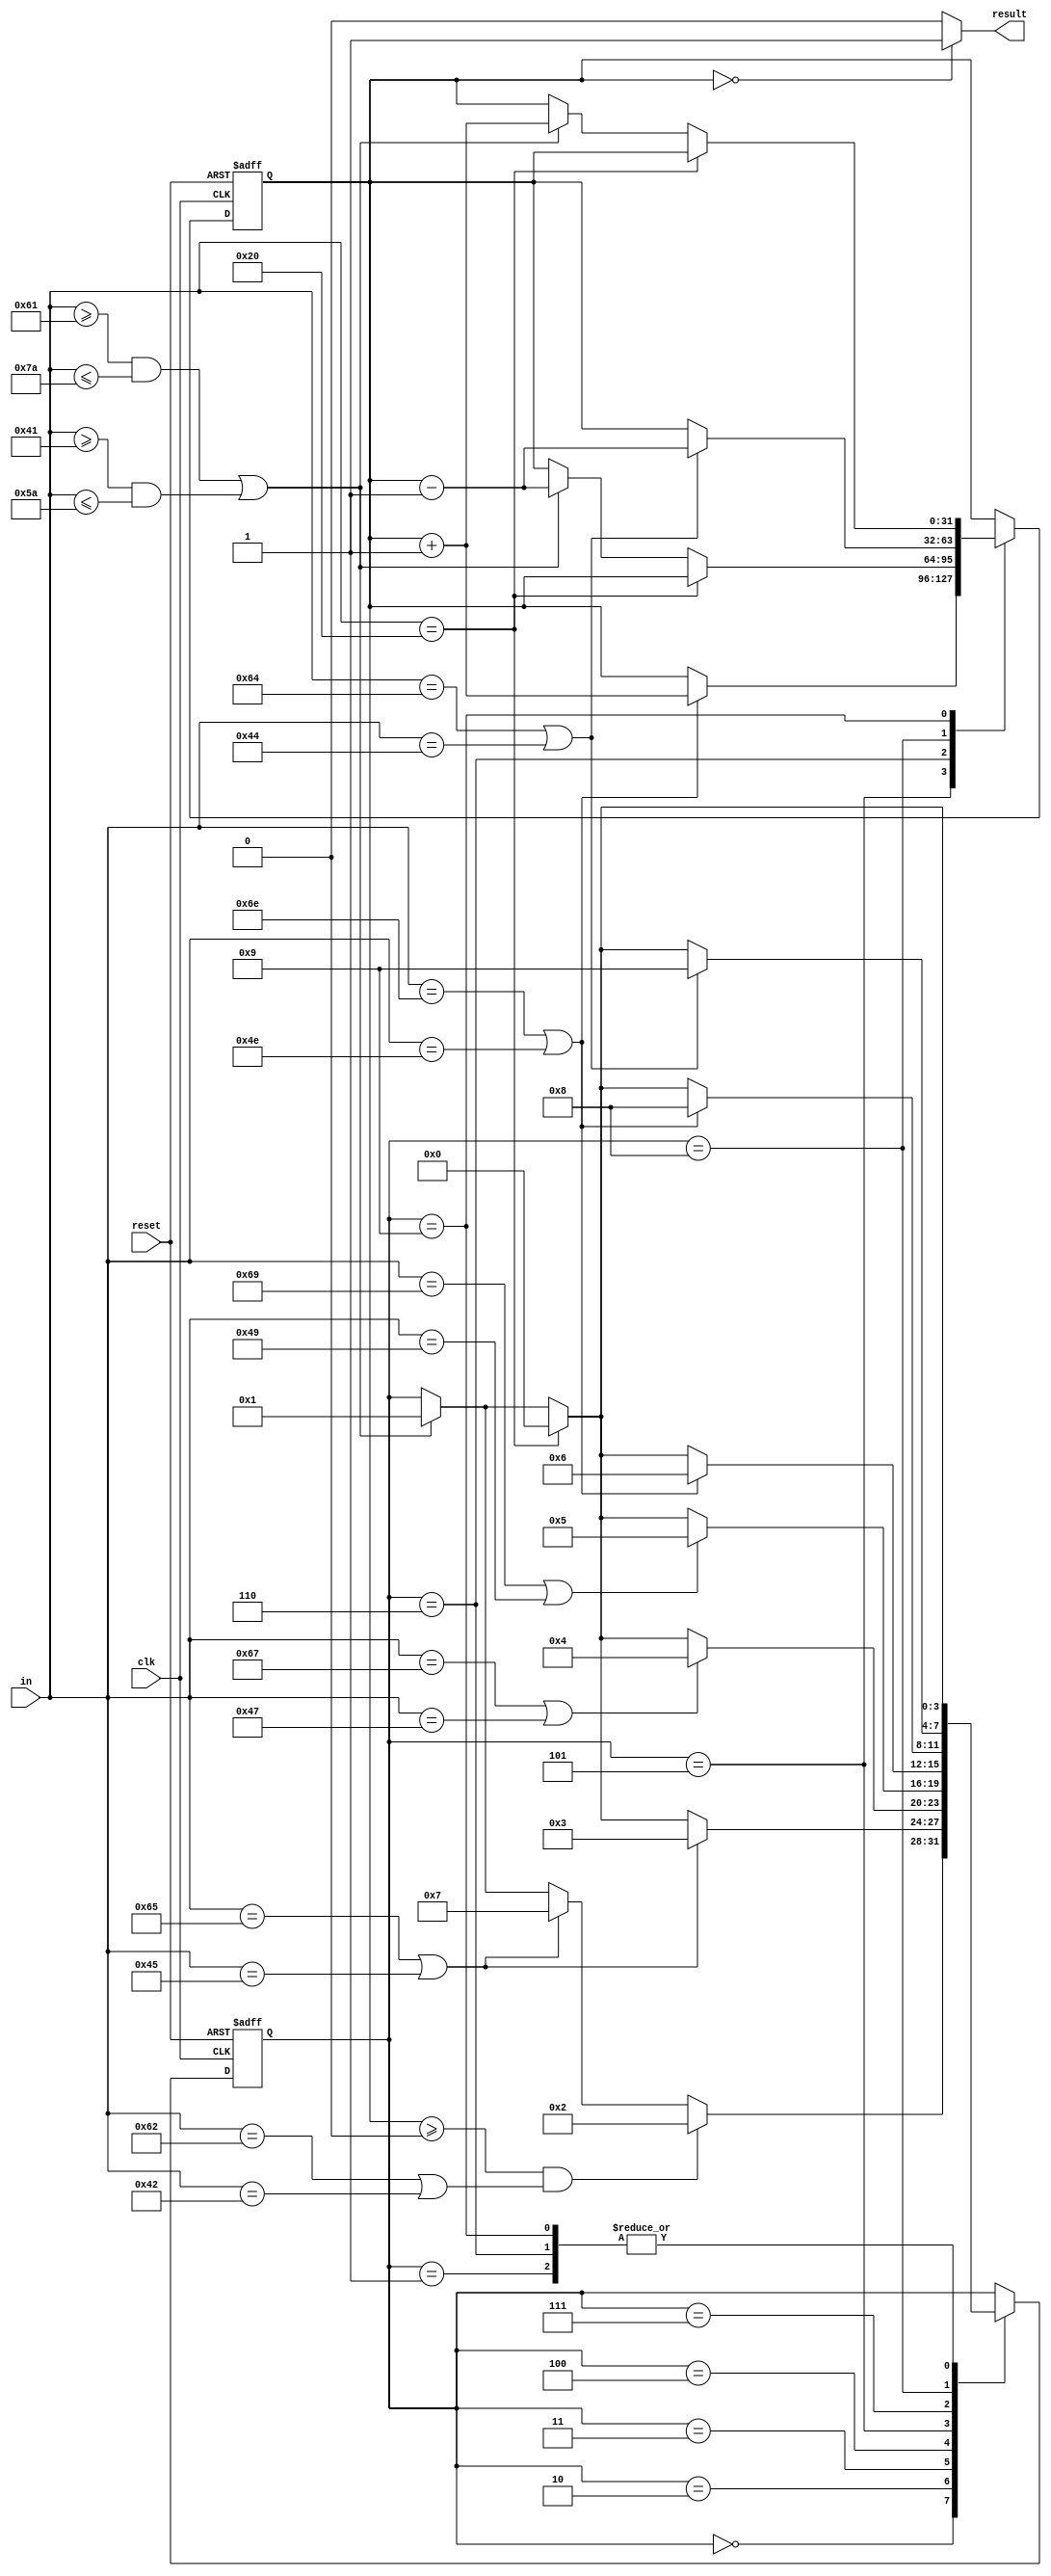
`timescale 1ns / 1ps
//////////////////////////////////////////////////////////////////////////////////
// Company: 
// Engineer: 
// 
// Design Name: 
// Module Name:    BlockChecker 
// Project Name: 
// Target Devices: 
// Tool versions: 
// Description: 
//
// Dependencies: 
//
// Revision: 
// Revision 0.01 - File Created
// Additional Comments: 
//
//////////////////////////////////////////////////////////////////////////////////
`define S0 4'b0000
`define S1 4'b0001
`define S2 4'b0010
`define S3 4'b0011
`define S4 4'b0100
`define S5 4'b0101
`define S6 4'b0110
`define S7 4'b0111
`define S8 4'b1000
`define S9 4'b1001

module BlockChecker(
	input clk,
	input reset,
	input [7:0] in,
	output result
    );
	 reg [3:0] state;
	 reg flag;
	 reg [31:0] count;
	initial begin
		state <= `S0;
		count <= 32'h00000000;
	end
	always@(posedge clk, posedge reset) begin
		if (reset == 1) begin
			state <= `S0;
			count <= 32'h00000000;
		end
		else begin
			case(state)
				`S0: begin
					if ($signed(count) >= 0 && (in == "b" || in == "B")) begin
						state <= `S2;
					end
					else if (in == "e" || in == "E") begin
						state <= `S7;
					end
					else if ((in >= "a" && in <= "z") || (in >= "A" && in <= "Z")) begin
						state <= `S1;
					end
					else begin
					end
				end
				`S1: begin
					if (in == " ") begin
						state <= `S0;
					end
					else if ((in >= "a" && in <= "z") || (in >= "A" && in <= "Z")) begin
						state <= `S1;
					end
					else begin
					end
				end
				`S2: begin
					if(in == "e" || in == "E") begin
						state <= `S3;
					end
					else if (in == " ") begin
						state <= `S0;
					end
					else if ((in >= "a" && in <= "z") || (in >= "A" && in <= "Z")) begin
						state <= `S1;
					end
					else begin
					end
				end
				`S3: begin
					if (in == "g" || in == "G") begin
						state <= `S4;
					end
					else if (in == " ") begin
						state <= `S0;
					end
					else if ((in >= "a" && in <= "z") || (in >= "A" && in <= "Z")) begin
						state <= `S1;
					end
					else begin
					end
				end
				`S4: begin
					if (in == "i" || in == "I") begin
						state <= `S5;
					end
					else if (in == " ") begin
						state <= `S0;
					end
					else if ((in >= "a" && in <= "z") || (in >= "A" && in <= "Z")) begin
						state <= `S1;
					end
					else begin
					end
				end
				`S5: begin
					if (in == "n" || in == "N") begin
						state <= `S6;
						count <= $signed(count) + 32'h00000001;
					end
					else if (in == " ") begin
						state <= `S0;
					end
					else if ((in >= "a" && in <= "z") || (in >= "A" && in <= "Z")) begin
						state <= `S1;
					end
					else begin
					end
				end
				`S6: begin
					if (in == " ") begin
						state <= `S0;
					end
					else if ((in >= "a" && in <= "z") || (in >= "A" && in <= "Z")) begin
						state <= `S1;
						count <= $signed(count) - 32'h00000001;
					end
					else begin
					end
				end
				`S7: begin
					if (in == "n" || in == "N") begin
						state <= `S8;
					end
					else if (in == " ") begin
						state <= `S0;
					end
					else if ((in >= "a" && in <= "z") || (in >= "A" && in <= "Z")) begin
						state <= `S1;
					end
					else begin
					end
				end
				`S8: begin
					if (in == "d" || in == "D") begin
						state <= `S9;
						count <= $signed(count) - 32'h00000001;
					end
					else if (in == " ") begin
						state <= `S0;
					end
					else if ((in >= "a" && in <= "z") || (in >= "A" && in <= "Z")) begin
						state <= `S1;
					end
					else begin
					end
				end
				`S9: begin
					if (in == " ") begin
						state <= `S0;
					end
					else if ((in >= "a" && in <= "z") || (in >= "A" && in <= "Z")) begin
						state <= `S1;
						count <= $signed(count) + 32'h00000001;
					end
					else begin
					end
				end
			endcase
		end
	end
	assign result = (count == 32'h00000000) ? 1 : 0;
endmodule